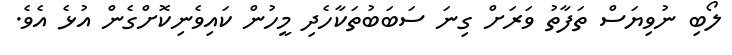
ލޯބި ނުވިޔަސް ތަފާތު ވަރަށް ގިނަ ސަބަބުތަކާހެދި މީހުން ކައިވެނިކޮށްގެން އުޅެ އެވެ.